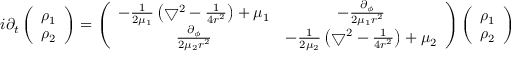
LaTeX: i \partial _ { t } \left( \begin{array} { c } { { \rho _ { 1 } } } \\ { { \rho _ { 2 } } } \end{array} \right) = \left( \begin{array} { c c } { { - \frac { 1 } { 2 \mu _ { 1 } } \left( \bigtriangledown ^ { 2 } - \frac { 1 } { 4 r ^ { 2 } } \right) + \mu _ { 1 } } } & { { - \frac { \partial _ { \phi } } { 2 \mu _ { 1 } r ^ { 2 } } } } \\ { { \frac { \partial _ { \phi } } { 2 \mu _ { 2 } r ^ { 2 } } } } & { { - \frac { 1 } { 2 \mu _ { 2 } } \left( \bigtriangledown ^ { 2 } - \frac { 1 } { 4 r ^ { 2 } } \right) + \mu _ { 2 } } } \end{array} \right) \left( \begin{array} { c } { { \rho _ { 1 } } } \\ { { \rho _ { 2 } } } \end{array} \right)